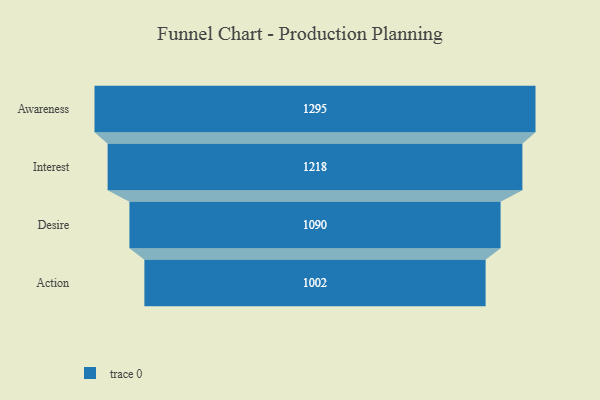
{"axis": {"x": "Stage", "y": "Value"}, "legend": [""], "data": [{"x": "Awareness", "y": 1295.0, "type": ""}, {"x": "Interest", "y": 1218.0, "type": ""}, {"x": "Desire", "y": 1090.0, "type": ""}, {"x": "Action", "y": 1002.0, "type": ""}]}